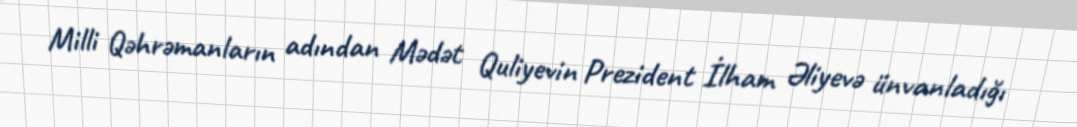
Milli Qəhrəmanların adından Mədət Quliyevin Prezident İlham Əliyevə ünvanladığı